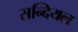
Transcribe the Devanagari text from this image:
सन्दियल